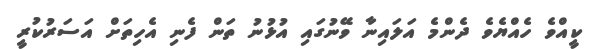
ކީއްވެ ހެއްޔެވެ ދެންމެ އަލައިނާ ވޭނުގައި އުޅުނު ތަން ފެނި އެހިތަށް އަސަރުކުރީ